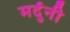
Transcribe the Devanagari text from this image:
मर्दुनी